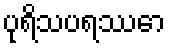
ပုရိသပရဿော